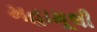
મહામૂલી